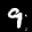
Label: 9